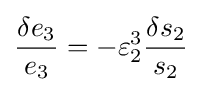
{\frac {\delta e_{3}}{e_{3}}}=-\varepsilon _{2}^{3}{\frac {\delta s_{2}}{s_{2}}}